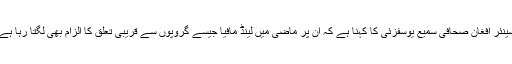
سینئر افغان صحافی سمیع یوسفزئی کا کہنا ہے کہ ان پر ماضی میں لینڈ مافیا جیسے گروپوں سے قریبی تعلق کا الزام بھی لگتا رہا ہے۔